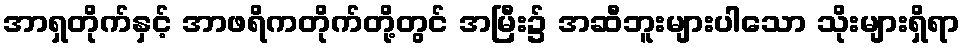
အာရှတိုက်နှင့် အာဖရိကတိုက်တို့တွင် အမြီး၌ အဆီဘူးများပါသော သိုးများရှိရာ